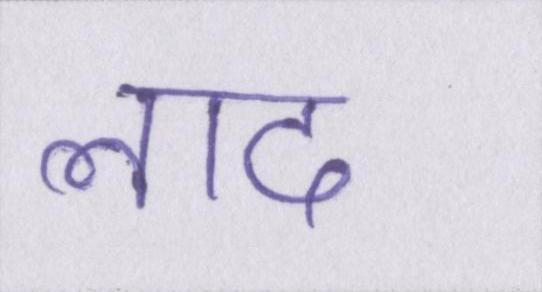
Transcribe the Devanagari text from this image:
लाद